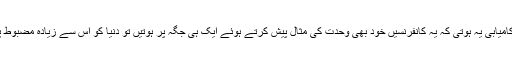
مگر اس سے بھی بڑی کامیابی یہ ہوتی کہ یہ کانفرنسیں خود بھی وحدت کی مثال پیش کرتے ہوئے ایک ہی جگہ پر ہوتیں تو دنیا کو اس سے زیادہ مضبوط پیغام جاتا کہ ہم ایک ہیں۔